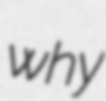
why